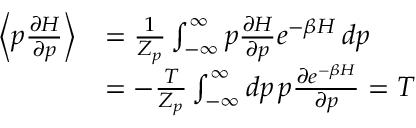
\begin{array} { r l } { \left\langle p \frac { \partial H } { \partial p } \right\rangle } & { = \frac { 1 } { Z _ { p } } \int _ { - \infty } ^ { \infty } p \frac { \partial H } { \partial p } e ^ { - \beta H } \, d p } \\ & { = - \frac { T } { Z _ { p } } \int _ { - \infty } ^ { \infty } d p \, p \frac { \partial e ^ { - \beta H } } { \partial p } = T } \end{array}